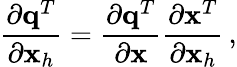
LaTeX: \frac{\partial{\mathbf q}^{T}}{\partial{\mathbf x}_{h}}=\frac{\partial{\mathbf q}^{T}}{\partial{\mathbf x}}\frac{\partial{\mathbf x}^{T}}{\partial{\mathbf x}_{h}}\, ,